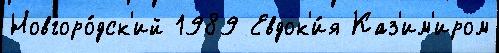
Новгоро́дск'ий 1989 Евдок'и́я Каз'им'иром